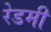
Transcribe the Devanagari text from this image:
रेडमी